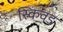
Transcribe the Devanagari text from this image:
स्किवड